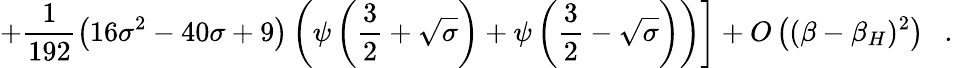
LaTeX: \left.+\frac{1}{192}\left(16{\sigma}^{2}-40\sigma+9\right)\left(\psi\left(\frac 32+\sqrt{\sigma}\right)+\psi\left(\frac 32-\sqrt{\sigma}\right)\right)\right]+O\left((\beta-\beta_{H})^{2}\right)~~~.